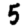
Digit: 5